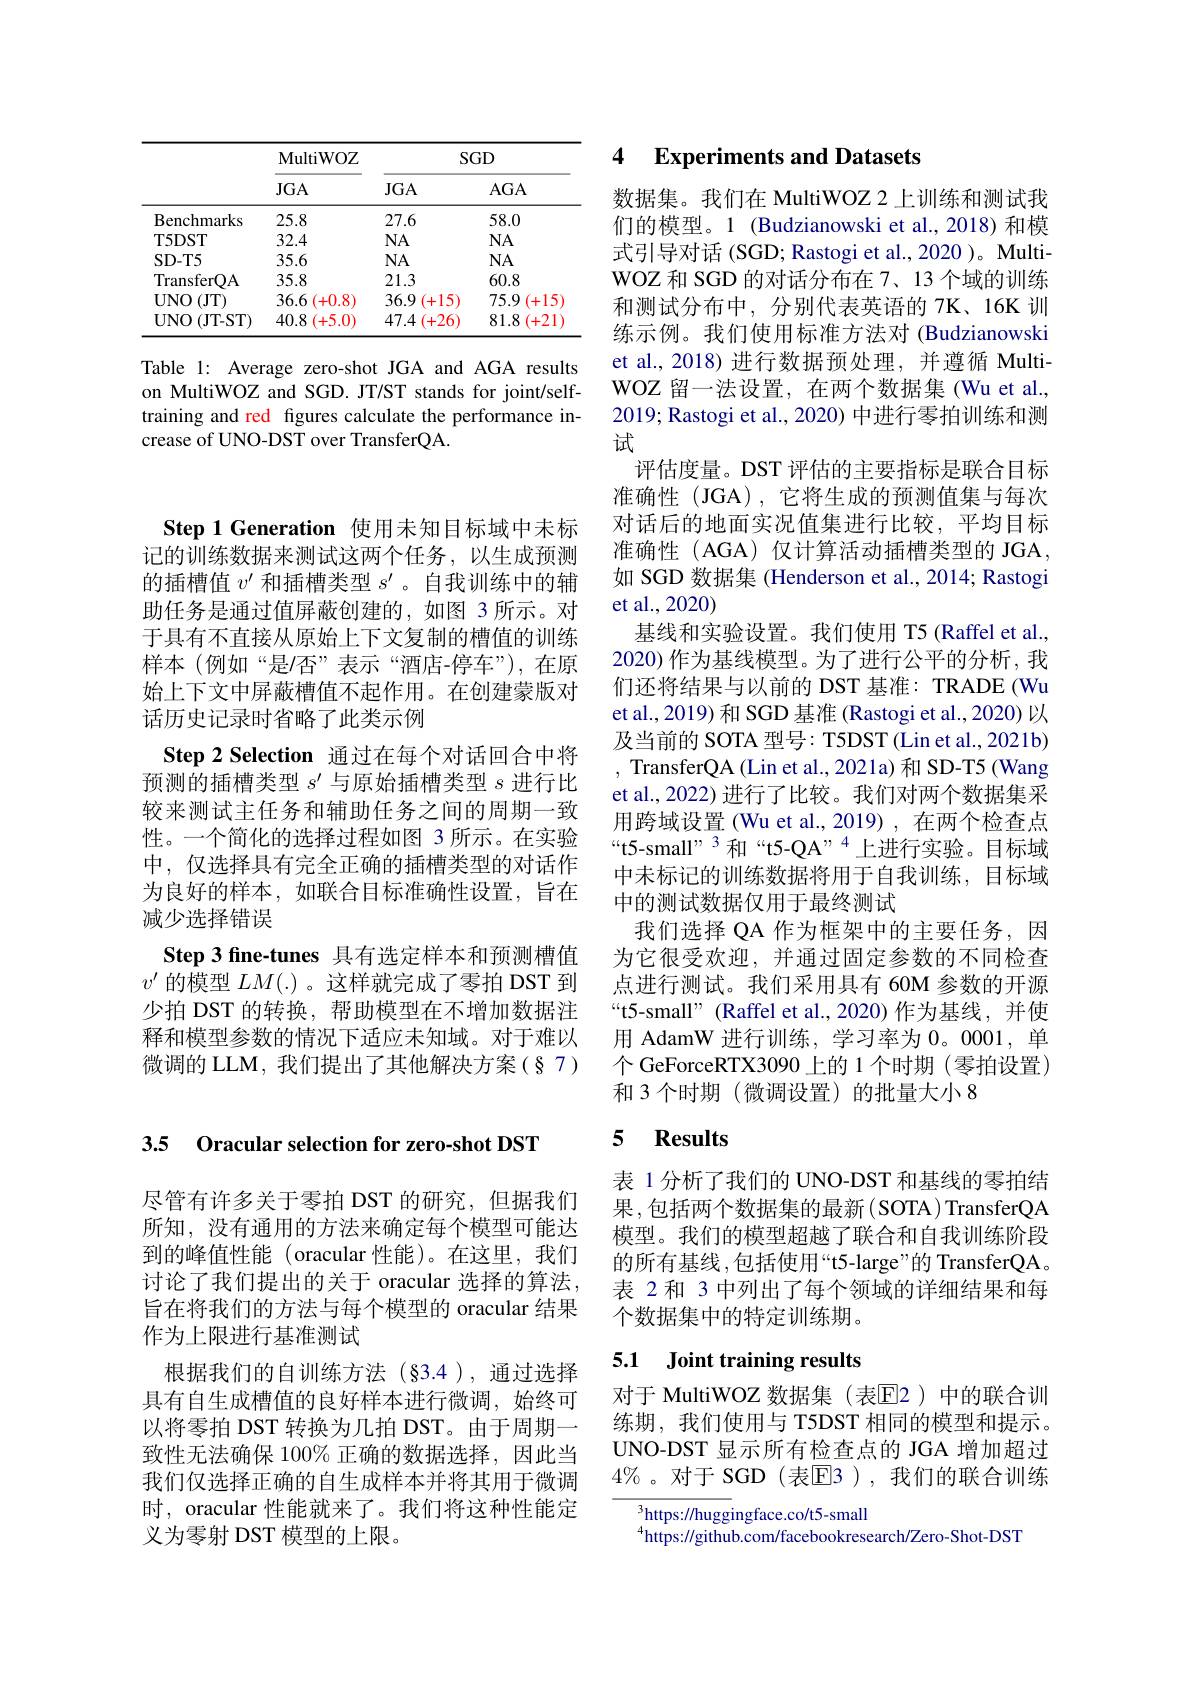
<table>
	<tbody>
		<tr>
			<th> </th>
			<th rowspan="2">MultiWOZ $JGA$</th>
			<th colspan="2">$SGD$</th>
		</tr>
		<tr>
			<th> </th>
			<th>$JGA$</th>
			<th>$AGA$</th>
		</tr>
		<tr>
			<td>Benchmarks</td>
			<td>25.8</td>
			<td>27.6</td>
			<td>58.0</td>
		</tr>
		<tr>
			<td>T5DST</td>
			<td>32.4</td>
			<td>$NA$</td>
			<td>$NA$</td>
		</tr>
		<tr>
			<td>SD-T5</td>
			<td>35.6</td>
			<td>$NA$</td>
			<td>$NA$</td>
		</tr>
		<tr>
			<td>TransferQA</td>
			<td>35.8</td>
			<td>21.3</td>
			<td>60.8</td>
		</tr>
		<tr>
			<td>$UNO$ (JT)</td>
			<td>36.6 (+0.8)</td>
			<td>36.9 -15 十 </td>
			<td>75.9 (+15</td>
		</tr>
		<tr>
			<td>$UNO$ (JT-ST)</td>
			<td>40.8 (+5.0)</td>
			<td>47.4 -26 +. -</td>
			<td>81.8 (+21</td>
		</tr>
	</tbody>
</table>

Table 1: Average zero-shot JGA and AGA results on MultiWOZ and SGD. JT/ST stands for joint/selftraining and red fgures calculate the performance increase of UNO-DST over TransferQA.

3.5 Oracular selection for zero-shot DST

尽管有许多关于零拍 DST 的研究，但据我们所知，没有通用的方法来确定每个模型可能达到的峰值性能(oracular 性能)。在这里，我们讨论了我们提出的关于 oracular 选择的算法， 旨在将我们的方法与每个模型的 oracular 结果作为上限进行基准测试
根据我们的自训练方法(§3.4),通过选择具有自生成槽值的良好样本进行微调，始终可以将零拍 DST 转换为几拍 DST。由于周期一致性无法确保 100% 正确的数据选择，因此当我们仅选择正确的自生成样本并将其用于微调时，oracular 性能就来了。我们将这种性能定义为零射 DST 模型的上限。

Step 1 Generation 使用未知目标域中未标记的训练数据来测试这两个任务，以生成预测的插槽值$v^\prime$和插槽类型$s^{\prime}$ 。自我训练中的辅助任务是通过值屏蔽创建的，如图 3 所示。对于具有不直接从原始上下文复制的槽值的训练样本(例如“是/否”表示“酒店-停车”),在原始上下文中屏蔽槽值不起作用。在创建蒙版对话历史记录时省略了此类示例
Step 2 Selection 通过在每个对话回合中将预测的插槽类型$s^\prime$与原始插槽类型$s$进行比较来测试主任务和辅助任务之间的周期一致性。一个简化的选择过程如图 3 所示。在实验中，仅选择具有完全正确的插槽类型的对话作为良好的样本，如联合目标准确性设置，旨在减少选择错误
Step 3 fine-tunes 具有选定样本和预测槽值$v^{\prime}\bar{\text{ 的模型 }LM}(.)$。这样就完成了零拍 DST 到少拍 DST 的转换，帮助模型在不增加数据注释和模型参数的情况下适应未知域。对于难以微调的 LLM, 我们提出了其他解决方案(§7)

### 4 Experiments and Datasets

数据集。我们在 MultiWOZ 2 上训练和测试我们的模型。1 (Budzianowski et al.,2018)和模式引导对话(SGD; Rastogi et al., 2020 )。MultiWOZ 和 SGD 的对话分布在 7、13 个域的训练和测试分布中，分别代表英语的 7K、16K 训练示例。我们使用标准方法对 (Budzianowski et al., 2018) 进行数据预处理，并遵循 MultiWOZ 留一法设置，在两个数据集 (Wu et al., 2019; Rastogi et al., 2020) 中进行零拍训练和测试
评估度量。DST 评估的主要指标是联合目标准确性(JGA),它将生成的预测值集与每次对话后的地面实况值集进行比较，平均目标准确性(AGA)仅计算活动插槽类型的 JGA, 如 SGD 数据集 (Henderson et al., 2014; Rastogi et al.,2020)
基线和实验设置。我们使用 T5 (Raffel et al., 2020) 作为基线模型。为了进行公平的分析，我们还将结果与以前的 DST 基准：TRADE (Wu et al., 2019) 和 SGD 基准 (Rastogi et al., 2020) 以及当前的 SOTA 型号：T5DST(Lin et al., 2021b) , TransferQA (Lin et al., 2021a) 和 SD-T5 (Wang et al., 2022) 进行了比较。我们对两个数据集采用跨域设置 (Wu et al., 2019) , 在两个检查点“t5-small”” 3和“t5-QA”,4上进行实验。目标域中未标记的训练数据将用于自我训练，目标域中的测试数据仅用于最终测试
我们选择 QA 作为框架中的主要任务，因为它很受欢迎，并通过固定参数的不同检查点进行测试。我们采用具有 60M 参数的开源“t5-small”(Raffel et al.,2020)作为基线，并使用 AdamW 进行训练，学习率为0。0001,单个 GeForceRTX3090 上的 1 个时期 (零拍设置) 和 3 个时期 (微调设置)的批量大小 8

## 5 Results

表 1 分析了我们的 UNO-DST 和基线的零拍结果，包括两个数据集的最新(SOTA)TransferQA 模型。我们的模型超越了联合和自我训练阶段的所有基线 ,包括使用“t5-large”的 TransferQA。表 2 和 3 中列出了每个领域的详细结果和每个数据集中的特定训练期。

# 5.1 Joint training results

对于 MultiWOZ 数据集(表E2)中的联合训练期，我们使用与 T5DST 相同的模型和提示。UNO-DST 显示所有检查点的 JGA 增加超过$4\%$。对于 SGD(表$\mathbb{E}$3),我们的联合训练

$^{3}$https://huggingface.co/t5-small
$^{4}$https://github.com/facebookresearch/Zero-Shot-DST